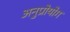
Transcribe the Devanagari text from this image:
अनुप्रोयोग